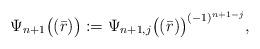
LaTeX: \begin{align*}\Psi_{n+1}\big((\bar{r})\big):=\Psi_{n+1,j}\big((\bar{r})\big)^{(-1)^{n+1-j}},\end{align*}